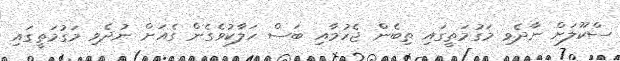
ސްކޫލަށް ނާދެވި މަގުމަތީގައި ތިބެން ޖެހުމާއި ބަސް ހަލާކުވެގެން ގެއަށް ނުދެވި މަގުމަތީގައި